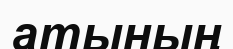
атының